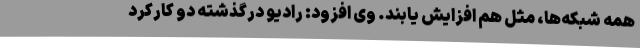
همه شبکه‌ها، مثل هم افزایش یابند. وی افزود: رادیو درگذشته دو کارکرد